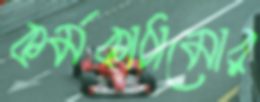
কর্মকাঠামোর